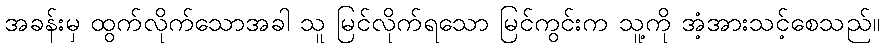
အခန်းမှ ထွက်လိုက်သောအခါ သူ မြင်လိုက်ရသော မြင်ကွင်းက သူ့ကို အံ့အားသင့်စေသည်။